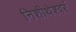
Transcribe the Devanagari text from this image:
निशीथेश्वरं